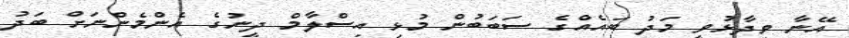
އޭނާ ވިދާޅުވީ މަދު ބައެއްގެ ސަބަބުން މުޅި އިސްލާމް ދީނުގެ އެންމެންނަށް ބަދު